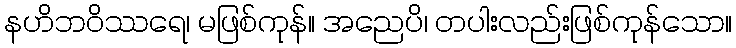
နဟိဘဝိဿရေ၊ မဖြစ်ကုန်။ အညေပိ၊ တပါးလည်းဖြစ်ကုန်သော။